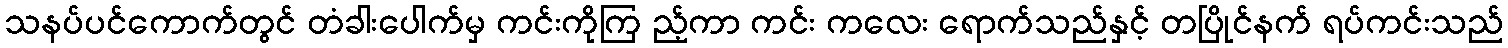
သနပ်ပင်ကောက်တွင် တံခါးပေါက်မှ ကင်းကိုကြ ည့်ကာ ကင်း ကလေး ရောက်သည်နှင့် တပြိုင်နက် ရပ်ကင်းသည်